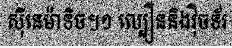
ស៊ីនេម៉ាទិច។១ ល្បឿននិងវ៉ិចទ័រ